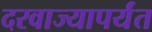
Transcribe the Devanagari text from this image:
दरवाज्यापर्यंत